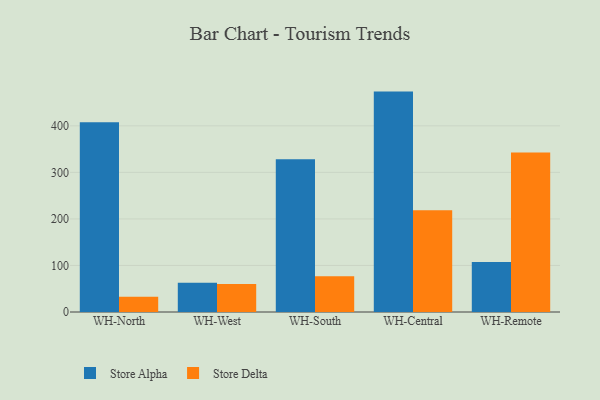
{"axis": {"x": "Warehouse", "y": "Headcount"}, "legend": ["Store Alpha", "Store Delta"], "data": [{"x": "WH-North", "y": 407.7, "type": "Store Alpha"}, {"x": "WH-North", "y": 32.6, "type": "Store Delta"}, {"x": "WH-West", "y": 62.8, "type": "Store Alpha"}, {"x": "WH-West", "y": 59.9, "type": "Store Delta"}, {"x": "WH-South", "y": 328.5, "type": "Store Alpha"}, {"x": "WH-South", "y": 77.0, "type": "Store Delta"}, {"x": "WH-Central", "y": 473.6, "type": "Store Alpha"}, {"x": "WH-Central", "y": 218.6, "type": "Store Delta"}, {"x": "WH-Remote", "y": 107.2, "type": "Store Alpha"}, {"x": "WH-Remote", "y": 342.8, "type": "Store Delta"}]}